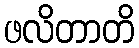
ဖလိတာတိ